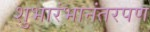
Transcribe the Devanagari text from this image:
शुभारंभानंतरपण